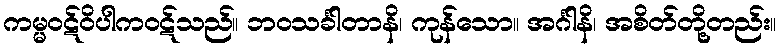
ကမ္မဝဋ်ဝိပါကဝဋ်သည်။ ဘဝသင်္ခါတာနိ၊ ကုန်သော။ အင်္ဂါနိ၊ အစိတ်တို့တည်း။